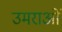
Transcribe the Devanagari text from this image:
उमराओं